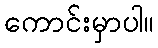
ကောင်းမှာပါ။